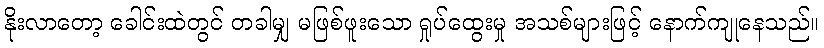
နိုးလာတော့ ခေါင်းထဲတွင် တခါမျှ မဖြစ်ဖူးသော ရှုပ်ထွေးမှု အသစ်များဖြင့် နောက်ကျုနေသည်။